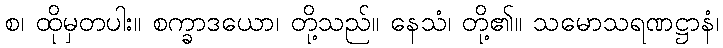
စ၊ ထိုမှတပါး။ စက္ခာဒယော၊ တို့သည်။ နေသံ၊ တို့၏။ သမောသရဏဋ္ဌာနံ၊